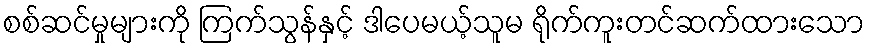
စစ်ဆင်မှုများကို ကြက်သွန်နှင့် ဒါပေမယ့်သူမ ရိုက်ကူးတင်ဆက်ထားသော